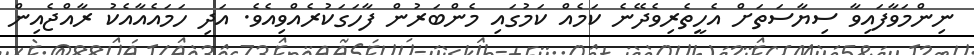
ނިންމަވާފައިވާ ސިޔާސަތަށް އެހީތެރިވެދޭނެ ކަމެއް ކަމުގައި މެންބަރުން ފާހަގަކުރެއްވިއެވެ. އަދި ހަމައެއާއެކު ރާއްޖެއިން